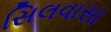
સિલવાસા